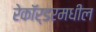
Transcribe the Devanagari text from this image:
रेकॉर्डरमधील